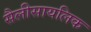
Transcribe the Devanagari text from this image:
सैलीसायलिक